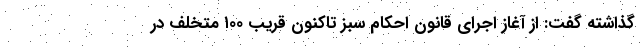
گذاشته گفت: از آغاز اجرای قانون احکام سبز تاکنون قریب ۱۰۰ متخلف در